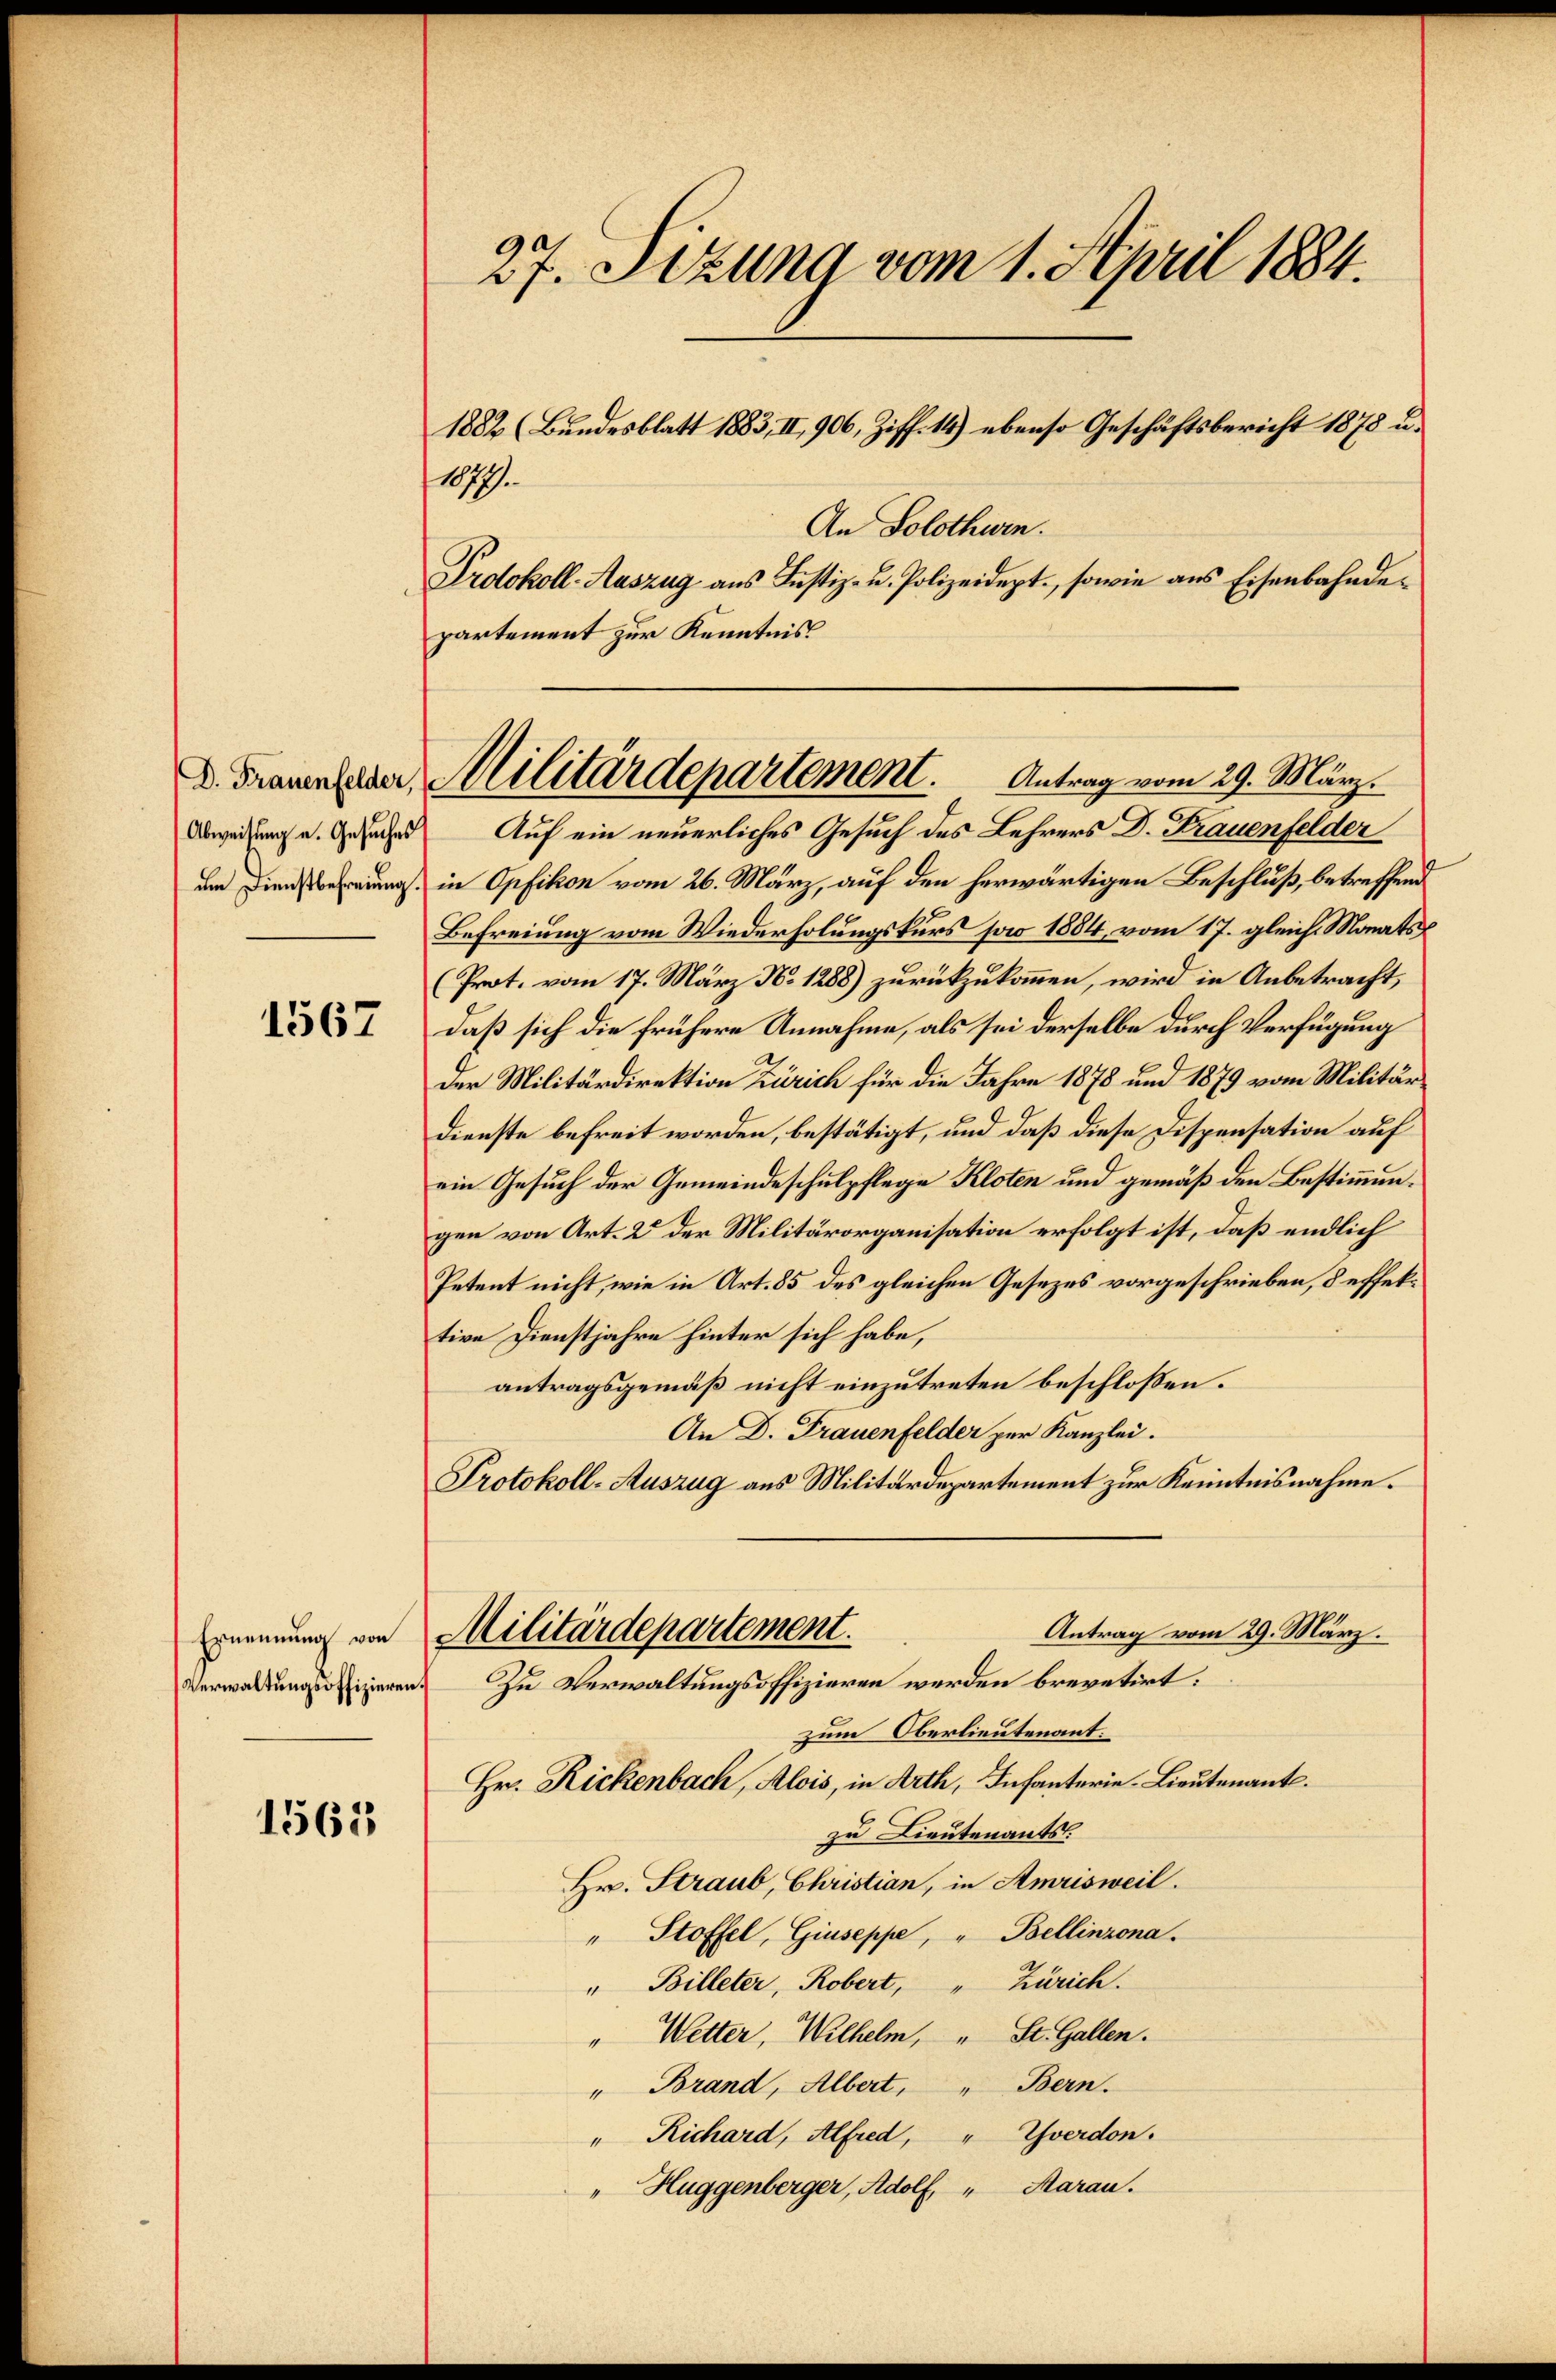
D. Frauenfelder,
Abweisung u. Gesuches

1567

Ernennung von
Verwaltungsoffizieren.

1562

27. Sitzung vom 1. April 1884.

1079.
An Solothurn.
Protokoll-Auszug aus Justiz- u. Polizeidept, sowie aus Eisenbahndepartement zur Kenntnis
Auf ein neuerliches Gesuch des Lehrers D. Frauenfelder
n ierung in Opfikon vom 26. März, auf den herwärtigen Beschluß, betreffend
Befreiung vom Wiederholungskurs pro 1884, vom 17. gleich. Monats¬
(Prot. vom 17. März No 1288) zurückzukommen, wird in Anbetracht,
daß sich die frühere Annahme, als sei derselbe durch Verfügung
Der Militärdirektion Zürich für die Jahre 1878 und 1879 vom Militärdienste befreit worden, bestätigt, und daß diese Dispensation auf
ein Gesuch der Gemeindeschulpflege Kloten und gemäß den Bestimmungen von Art. 2 der Militärorganisation erfolgt ist, daß endlich
Petent nicht, wie in Art. 85 des gleichen Gesezes vorgeschrieben, deffektive Dienstjahre hinter sich habe,
antragsgemäß nicht einzutreten beschlossen:
An D. Frauenfelder zur Kanzlei.
Protokoll-Auszug aus Militärdepartement zur Kenntnisnahme.
Antrag vom 29. März.
Militärdepartement.
Zu Verwaltungsoffizieren werden brevetirt:
zum Oberlieutenant.
Hr. Rickenbach, Alois, in Arth, Infanterie-Lieutenant.
zu Lieutenants.
Hr. Straub, Christian, in Amrisweil.
" Stoffel, Giuseppe, " Bellinzona.
" Billeter, Robert, " Zürich.
" Wetter, Wilhelm, " St. Gallen.
" Brand, Albert, " Bern.
" Richard, Alfred, " Yverdon.
"Huggenberger, Adolf " Aarau.

Militärdepartement. Antrag vom 29. März.

1882 (Bundesblatt 1883, II, 906, Ziff. 14) ebenso Geschäftsbericht 1878 u.